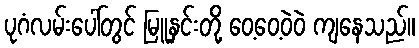
ပုဂံလမ်းပေါ်တွင် မြူနှင်းတို့ ဝေ့ဝေ့ဝဲဝဲ ကျနေသည်။